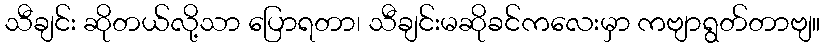
သီချင်း ဆိုတယ်လို့သာ ပြောရတာ၊ သီချင်းမဆိုခင်ကလေးမှာ ကဗျာရွတ်တာဗျ။